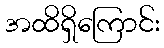
အထိရှိကြောင်း